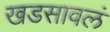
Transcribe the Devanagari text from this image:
खडसावलं